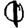
Digit: 1